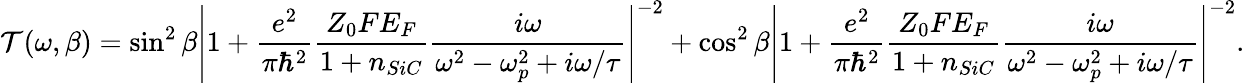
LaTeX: \mathcal{T}(\omega,\beta)=\sin^{2}\beta\left|1+\frac{{e^{2}}}{{\pi\hbar^{2}}}\frac{{Z_{0}FE_{F}}}{{1+n_{SiC}}}\frac{{i\omega}}{{\omega^{2}-\omega_{p}^{2}+i\omega/\tau}}\right|^{-2}+\cos^{2}\beta\left|1+\frac{{e^{2}}}{{\pi\hbar^{2}}}\frac{{Z_{0}FE_{F}}}{{1+n_{SiC}}}\frac{{i\omega}}{{\omega^{2}-\omega_{p}^{2}+i\omega/\tau}}\right|^{-2}.